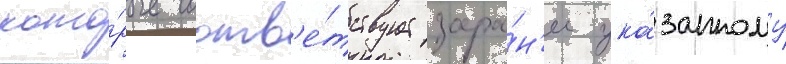
кото́рые соотв'е́тствует зара́н'ее ука́занному